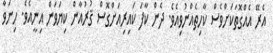
އެރޭ އެއްގޮތަކަށްވެސް ކާހިތެއްނުވިއެވެ. ދެން ކާފަ ކައިރިއަށްގޮސް ޤުރުއާން ކިޔަވަން އިނީއެވެ. ހިނަވާ